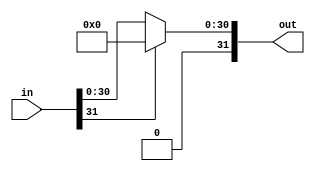
module ReLU(
	input [31:0] in,
	output [31:0] out
);

assign out = in[31:31]?0:in;

endmodule